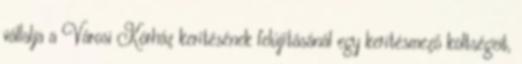
vállalja a Városi Kórház kerítésének felújításánál egy kerítésmező költségeit,